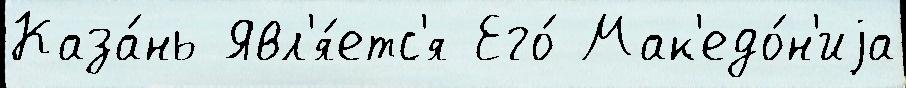
Каза́нь Явл'я́етс'я Его́ Мак'едо́н'иjа